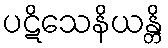
ပဋိသေနိယန္တိ